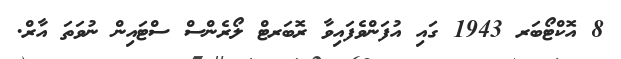
8 އޮކްޓޯބަރ 1943 ގައި އުފަންވެފައިވާ ރޮބަރޓް ލޯރެންސް ސްޓައިން ނުވަތަ އާރް.